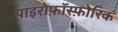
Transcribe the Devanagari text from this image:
पाइरोफ़ॉस्फ़ोरिक